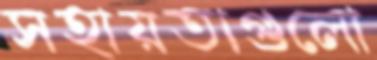
সহায়তাগুলো